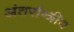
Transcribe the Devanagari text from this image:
अंतर्राष्त्रीय